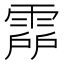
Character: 𩃞